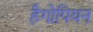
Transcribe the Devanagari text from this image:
हैगोपियन